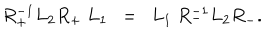
R _ { + } ^ { - 1 } L _ { 2 } R _ { + } ~ L _ { 1 } ~ ~ = ~ ~ L _ { 1 } ~ R _ { - } ^ { - 1 } L _ { 2 } R _ { - } .